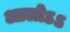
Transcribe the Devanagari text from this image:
आलोऽऽ